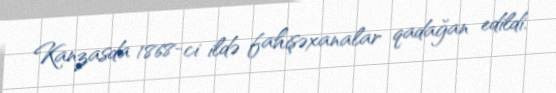
Kanzasda 1868-ci ildə fahişəxanalar qadağan edildi.